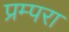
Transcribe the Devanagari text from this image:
प्रम्परा